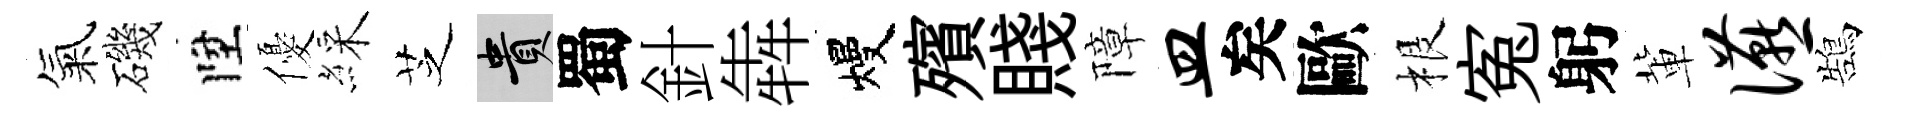
氣磯陞優綵芝貴蜀針犇熳殯賤障皿矣歐根寃躬軰宴鵠